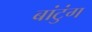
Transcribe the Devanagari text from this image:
बांटुंग